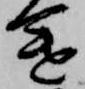
途